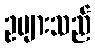
ဥများသည်